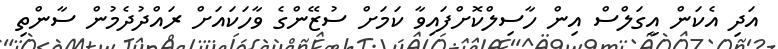
އަދި އެކަން އީގަލްސް އިން ހާސިލްކޮށްފައިވާ ކަމަށް ސުޒޭންގެ ވާހަކައަށް ރައްދުދެމުން ސާންތި